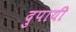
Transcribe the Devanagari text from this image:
दुपायी